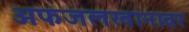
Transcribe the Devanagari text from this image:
अफजलखानावर